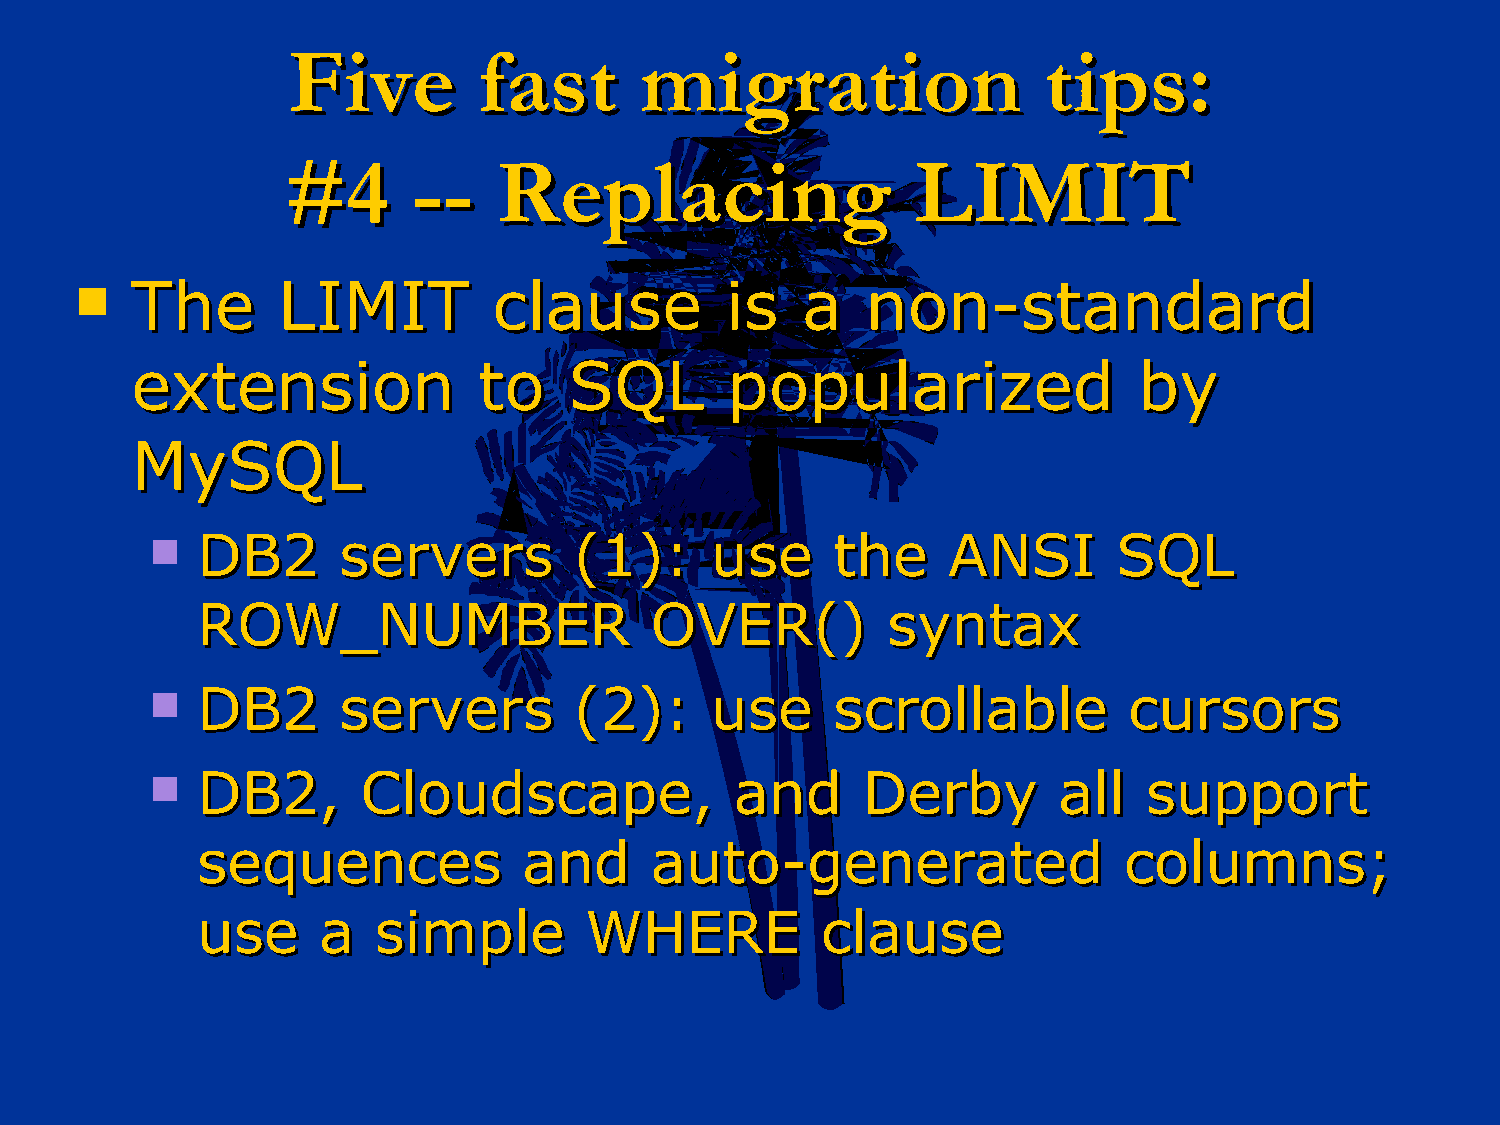
FFiivvee     ffaasstt  mmiiggrraattiioonn         ttiippss::
 ##44    ----  RReeppllaacciinngg          LLIIMMIITT
    TThhee   LLIIMMIITT     ccllaauussee   iiss aa  nnoonn--ssttaannddaarrdd
 eexxtteennssiioonn     ttoo  SSQQLL    ppooppuullaarriizzeedd     bbyy
 MMyySSQQLL
   DDBB22   sseerrvveerrss  ((11)):: uussee  tthhee  AANNSSII   SSQQLL
 RROOWW__NNUUMMBBEERR          OOVVEERR(())    ssyynnttaaxx
   DDBB22   sseerrvveerrss  ((22)):: uussee  ssccrroollllaabbllee ccuurrssoorrss
   DDBB22,,   CClloouuddssccaappee,,   aanndd  DDeerrbbyy   aallll ssuuppppoorrtt
 sseeqquueenncceess    aanndd  aauuttoo--ggeenneerraatteedd   ccoolluummnnss;;
 uussee  aa  ssiimmppllee  WWHHEERREE     ccllaauussee